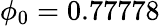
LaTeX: \phi_{0}=0.77778